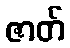
ဇာတ်